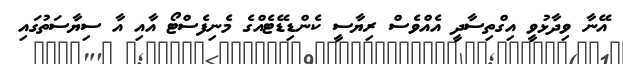
އޭނާ ވިދާޅުވީ އިގްތިސާދީ އެއްވެސް ރިޔާސީ ކެންޑިޑޭޓެއްގެ މެނިފެސްޓޯ އާއި އާ ސިޔާސަތުގައި